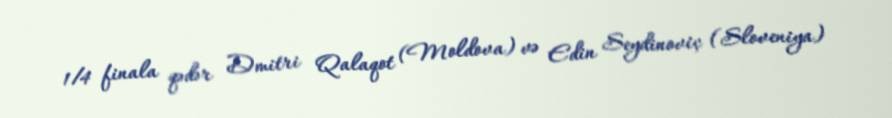
1/4 finala qədər Dmitri Qalaqot (Moldova) və Edin Seydinoviç (Sloveniya)